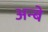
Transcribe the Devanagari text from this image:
अन्बे